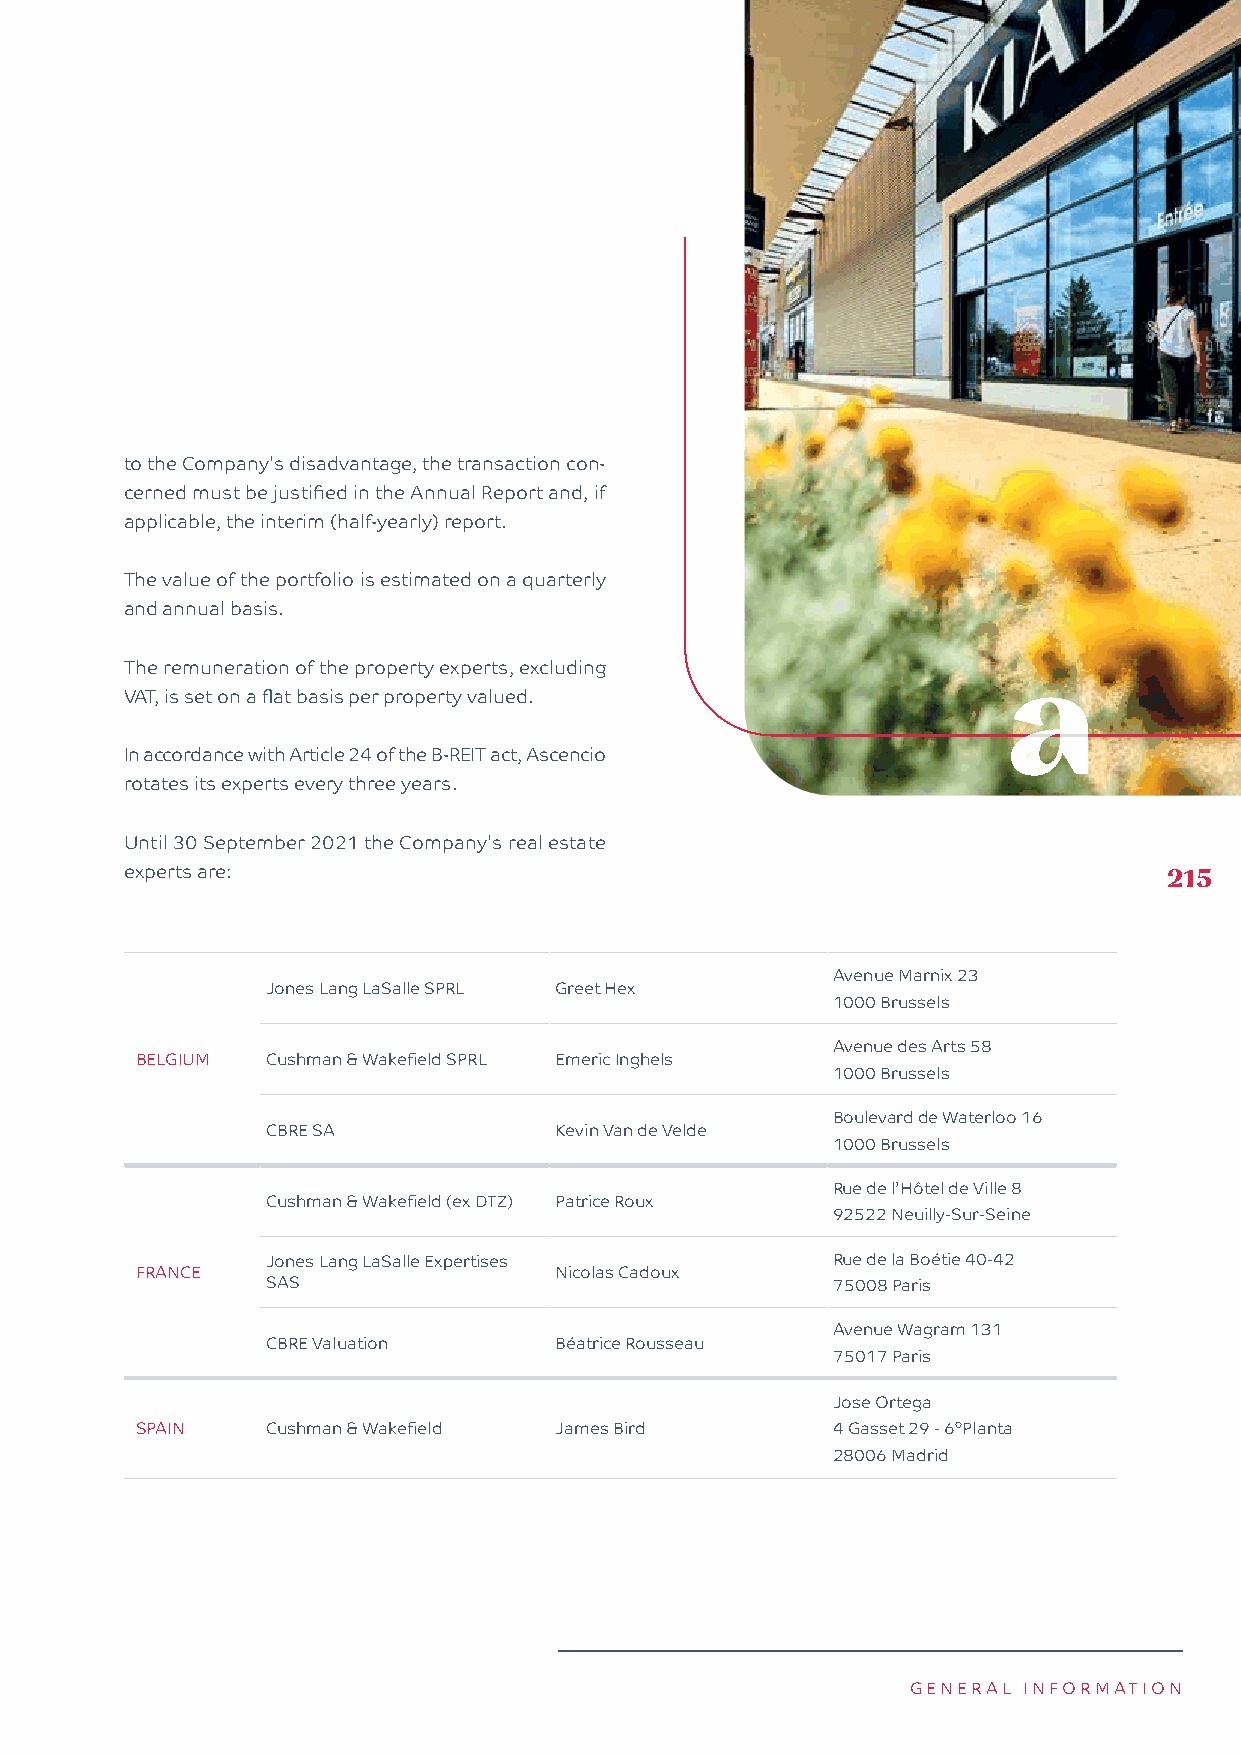
to the Company's disadvantage, the transaction con-
 cerned must be justified in the Annual Report and, if
 applicable, the interim (half-yearly) report.
 The value of the portfolio is estimated on a quarterly
 and annual basis.
 The remuneration of the property experts, excluding
 VAT, is set on a flat basis per property valued.
 In accordance with Article 24 of the B-REIT act, Ascencio
 rotates its experts every three years.
 Until 30 September 2021 the Company's real estate
 experts are:                                                         215
 Avenue Marnix 23
 Jones Lang LaSalle SPRL Greet Hex
 1000 Brussels
 Avenue des Arts 58
 BELGIUM  Cushman & Wakefield SPRL Emeric Inghels
 1000 Brussels
 Boulevard de Waterloo 16
 CBRE SA            Kevin Van de Velde
 1000 Brussels
 Rue de l’Hôtel de Ville 8
 Cushman & Wakefield (ex DTZ) Patrice Roux
 92522 Neuilly-Sur-Seine
 Jones Lang LaSalle Expertises        Rue de la Boétie 40-42
 FRANCE                      Nicolas Cadoux
 SAS                                  75008 Paris
 Avenue Wagram 131
 CBRE Valuation     Béatrice Rousseau
 75017 Paris
 Jose Ortega
 SPAIN    Cushman & Wakefield James Bird       4 Gasset 29 - 6°Planta
 28006 Madrid
 GENERAL INFORMATION